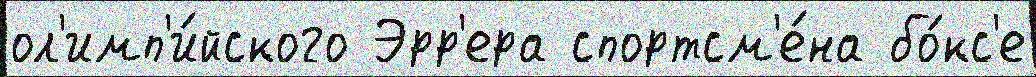
ол'имп'и́йского Эрр'ера спортсм'е́на бо́кс'е